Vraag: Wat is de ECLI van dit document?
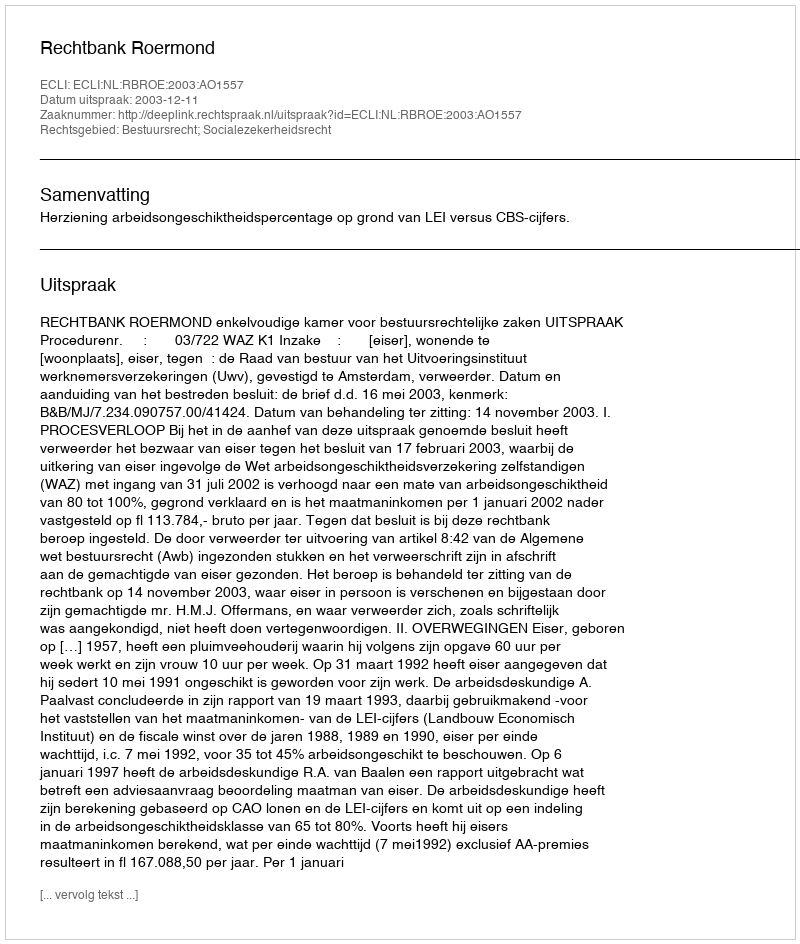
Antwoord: ECLI:NL:RBROE:2003:AO1557